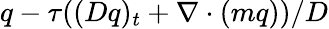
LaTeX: q-\tau((Dq)_{t}+\nabla\cdot(mq))/D